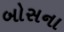
બોસના